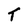
Character: T